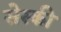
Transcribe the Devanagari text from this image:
सेस्की